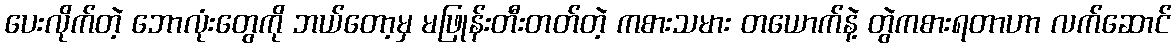
ပေးလိုက်တဲ့ ဘောလုံးတွေကို ဘယ်တော့မှ မဖြုန်းတီးတတ်တဲ့ ကစားသမား တယောက်နဲ့ တွဲကစားရတာဟာ လက်ဆောင်